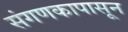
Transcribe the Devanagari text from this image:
संगणकापासून